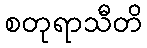
စတုရာသီတိ